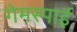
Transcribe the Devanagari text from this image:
गेमस्पाई